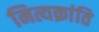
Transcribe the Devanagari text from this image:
नित्यक्रांति